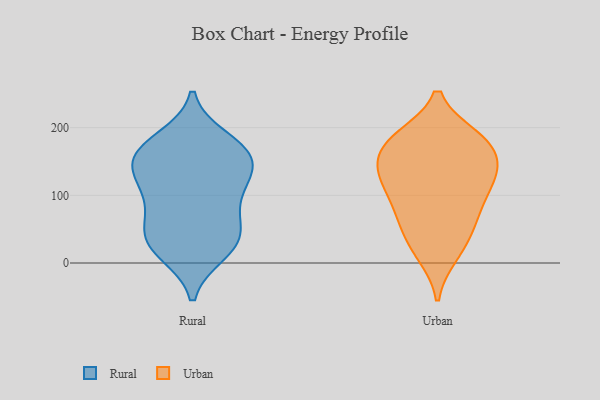
{"axis": {"x": "Backlog", "y": "Value"}, "legend": ["Rural", "Urban"], "data": [{"x": "", "y": 102, "type": "Rural"}, {"x": "", "y": 166, "type": "Rural"}, {"x": "", "y": 53, "type": "Rural"}, {"x": "", "y": 16, "type": "Rural"}, {"x": "", "y": 119, "type": "Rural"}, {"x": "", "y": 30, "type": "Rural"}, {"x": "", "y": 158, "type": "Rural"}, {"x": "", "y": 36, "type": "Rural"}, {"x": "", "y": 61, "type": "Rural"}, {"x": "", "y": 141, "type": "Rural"}, {"x": "", "y": 130, "type": "Rural"}, {"x": "", "y": 95, "type": "Rural"}, {"x": "", "y": 23, "type": "Rural"}, {"x": "", "y": 160, "type": "Rural"}, {"x": "", "y": 167, "type": "Rural"}, {"x": "", "y": 182, "type": "Rural"}, {"x": "", "y": 126, "type": "Urban"}, {"x": "", "y": 144, "type": "Urban"}, {"x": "", "y": 66, "type": "Urban"}, {"x": "", "y": 97, "type": "Urban"}, {"x": "", "y": 141, "type": "Urban"}, {"x": "", "y": 106, "type": "Urban"}, {"x": "", "y": 118, "type": "Urban"}, {"x": "", "y": 12, "type": "Urban"}, {"x": "", "y": 186, "type": "Urban"}, {"x": "", "y": 136, "type": "Urban"}, {"x": "", "y": 175, "type": "Urban"}, {"x": "", "y": 42, "type": "Urban"}, {"x": "", "y": 185, "type": "Urban"}, {"x": "", "y": 59, "type": "Urban"}, {"x": "", "y": 185, "type": "Urban"}, {"x": "", "y": 17, "type": "Urban"}, {"x": "", "y": 180, "type": "Urban"}, {"x": "", "y": 77, "type": "Urban"}, {"x": "", "y": 151, "type": "Urban"}]}